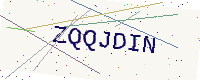
Text: ZQQJDIN